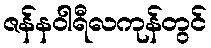
ဇန်နဝါရီလကုန်တွင်